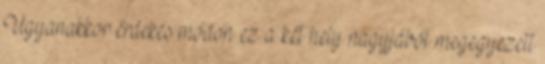
Ugyanakkor érdekes módon ez a két hely nagyjából megegyezett